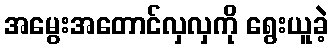
အမွေးအတောင်လှလှကို ရွေးယူခဲ့